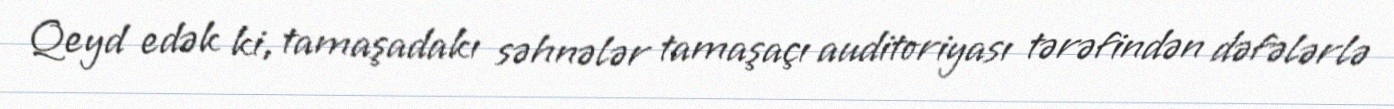
Qeyd edək ki, tamaşadakı səhnələr tamaşaçı auditoriyası tərəfindən dəfələrlə